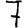
Digit: 7